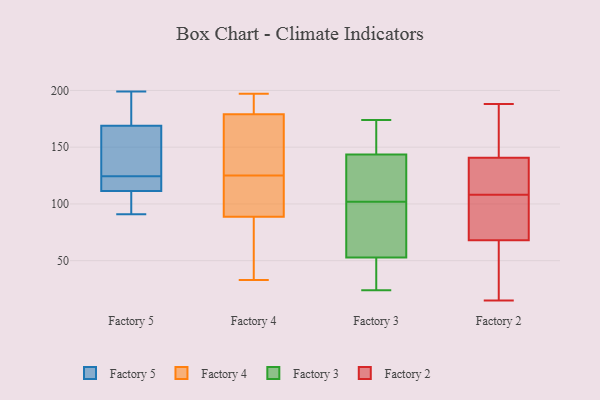
{"axis": {"x": "Budget (USD K)", "y": "Value"}, "legend": ["Factory 2", "Factory 3", "Factory 4", "Factory 5"], "data": [{"x": "", "y": 124, "type": "Factory 5"}, {"x": "", "y": 199, "type": "Factory 5"}, {"x": "", "y": 125, "type": "Factory 5"}, {"x": "", "y": 192, "type": "Factory 5"}, {"x": "", "y": 134, "type": "Factory 5"}, {"x": "", "y": 116, "type": "Factory 5"}, {"x": "", "y": 102, "type": "Factory 5"}, {"x": "", "y": 91, "type": "Factory 5"}, {"x": "", "y": 110, "type": "Factory 5"}, {"x": "", "y": 113, "type": "Factory 5"}, {"x": "", "y": 147, "type": "Factory 5"}, {"x": "", "y": 191, "type": "Factory 5"}, {"x": "", "y": 153, "type": "Factory 4"}, {"x": "", "y": 176, "type": "Factory 4"}, {"x": "", "y": 125, "type": "Factory 4"}, {"x": "", "y": 165, "type": "Factory 4"}, {"x": "", "y": 188, "type": "Factory 4"}, {"x": "", "y": 108, "type": "Factory 4"}, {"x": "", "y": 33, "type": "Factory 4"}, {"x": "", "y": 82, "type": "Factory 4"}, {"x": "", "y": 79, "type": "Factory 4"}, {"x": "", "y": 168, "type": "Factory 4"}, {"x": "", "y": 196, "type": "Factory 4"}, {"x": "", "y": 91, "type": "Factory 4"}, {"x": "", "y": 197, "type": "Factory 4"}, {"x": "", "y": 105, "type": "Factory 4"}, {"x": "", "y": 191, "type": "Factory 4"}, {"x": "", "y": 116, "type": "Factory 4"}, {"x": "", "y": 73, "type": "Factory 4"}, {"x": "", "y": 49, "type": "Factory 3"}, {"x": "", "y": 174, "type": "Factory 3"}, {"x": "", "y": 24, "type": "Factory 3"}, {"x": "", "y": 63, "type": "Factory 3"}, {"x": "", "y": 102, "type": "Factory 3"}, {"x": "", "y": 85, "type": "Factory 3"}, {"x": "", "y": 54, "type": "Factory 3"}, {"x": "", "y": 151, "type": "Factory 3"}, {"x": "", "y": 141, "type": "Factory 3"}, {"x": "", "y": 138, "type": "Factory 3"}, {"x": "", "y": 114, "type": "Factory 3"}, {"x": "", "y": 45, "type": "Factory 3"}, {"x": "", "y": 164, "type": "Factory 3"}, {"x": "", "y": 137, "type": "Factory 2"}, {"x": "", "y": 64, "type": "Factory 2"}, {"x": "", "y": 98, "type": "Factory 2"}, {"x": "", "y": 80, "type": "Factory 2"}, {"x": "", "y": 50, "type": "Factory 2"}, {"x": "", "y": 81, "type": "Factory 2"}, {"x": "", "y": 142, "type": "Factory 2"}, {"x": "", "y": 127, "type": "Factory 2"}, {"x": "", "y": 52, "type": "Factory 2"}, {"x": "", "y": 188, "type": "Factory 2"}, {"x": "", "y": 108, "type": "Factory 2"}, {"x": "", "y": 158, "type": "Factory 2"}, {"x": "", "y": 124, "type": "Factory 2"}, {"x": "", "y": 15, "type": "Factory 2"}, {"x": "", "y": 176, "type": "Factory 2"}]}